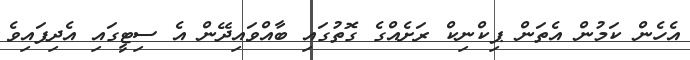
އެހެން ކަމުން އެތަން ޕިކްނިކް ރަށެއްގެ ގޮތުގައި ބާއްވައިދޭން އެ ސިޓީގައި އެދިފައިވެ